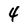
Character: 4